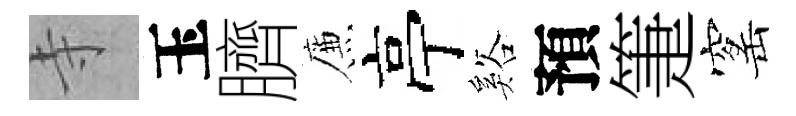
寺玉臍簾亭谿預箑窰